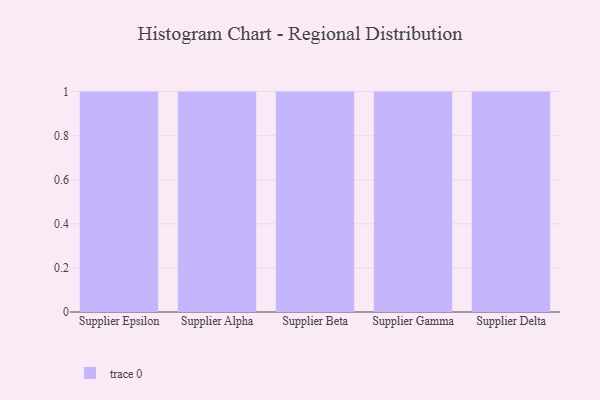
{"axis": {"x": "Supplier", "y": "Production Output"}, "legend": [""], "data": [{"x": "Supplier Epsilon", "y": 52, "type": ""}, {"x": "Supplier Alpha", "y": 57, "type": ""}, {"x": "Supplier Beta", "y": 80, "type": ""}, {"x": "Supplier Gamma", "y": 50, "type": ""}, {"x": "Supplier Delta", "y": 16, "type": ""}]}